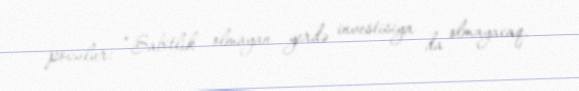
pozulur: “Sabitlik olmayan yerdə investisiya da olmayacaq.